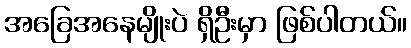
အခြေအနေမျိုးပဲ ရှိဦးမှာ ဖြစ်ပါတယ်။